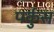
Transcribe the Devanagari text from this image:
पर्कुस